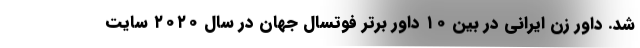
شد. داور زن ایرانی در بین ۱۰ داور برتر فوتسال جهان در سال ۲۰۲۰ سایت